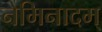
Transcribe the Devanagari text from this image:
नेमिनादम्